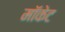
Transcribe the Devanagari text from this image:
मॉकेट